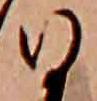
ひ